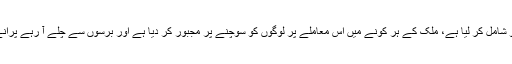
ماضی کے دو سال کے دوران اس پروگرام نے عام لوگوں کو شامل کر لیا ہے، ملک کے ہر کونے میں اس معاملے پر لوگوں کو سوچنے پر مجبور کر دیا ہے اور برسوں سے چلے آ رہے پرانے رسم و رواج کے تئیں لوگوں کی سوچ میں تبدیلی لایا ہے ۔